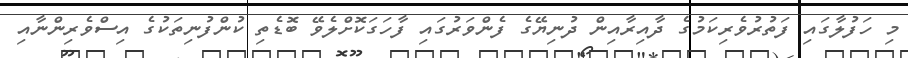
މި ހަފުލާގައި ފަތުރުވެރިކަމުގެ ދާއިރާއިން ދުނިޔޭގެ ފެންވަރުގައި ފާހަގަކޮށްލެވޭ ބޮޑެތި ކުންފުނިތަކުގެ އިސްވެރިންނާއި